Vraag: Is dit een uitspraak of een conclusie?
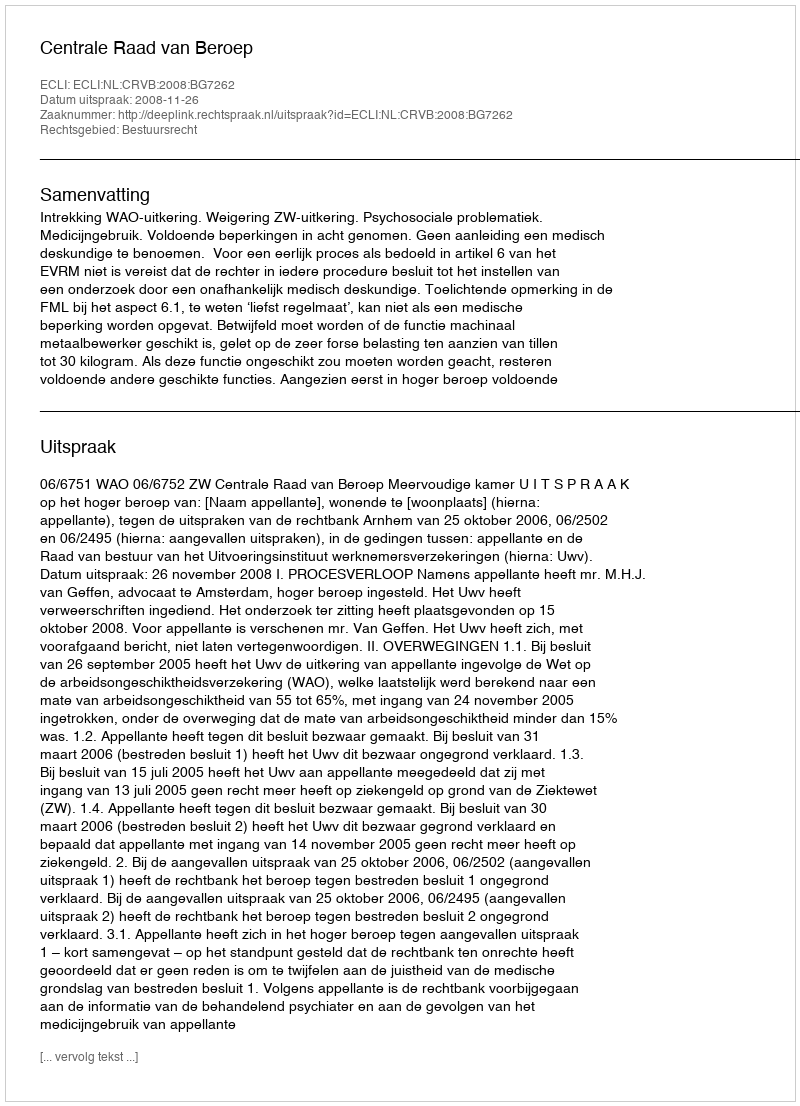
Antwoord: Uitspraak